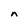
Character: n